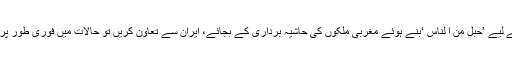
مسلم ممالک اگر، اسرائل اور اُس کے لیے ’حَبلُ مِّنَ ا لنّاس ‘بنے ہوئے مغربی ملکوں کی حاشیہ برداری کے بجائے، ایران سے تعاون کریں تو حالات میں فوری طور پر مثبت تبدیلیوں کا آغاز ہو سکتا ہے۔